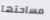
مساحتها